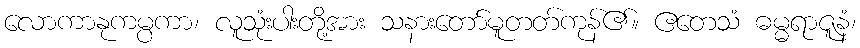
လောကာနုကမ္ပကာ၊ လူသုံးပါးတို့အား သနားတော်မူတတ်ကုန်၏။ ဧတေသံ ဓမ္မရာဇူနံ၊